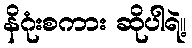
နိဂုံးစကား ဆိုပါရဲ့။